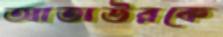
আতাউরকে